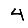
Digit: 4